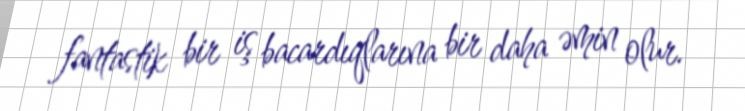
fantastik bir iş bacardıqlarına bir daha əmin olur.